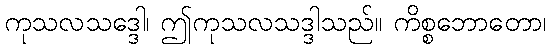
ကုသလသဒ္ဒေါ၊ ဤကုသလသဒ္ဒါသည်။ ကိစ္စဘောတော၊